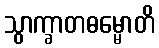
သွာက္ခာတဓမ္မောတိ